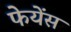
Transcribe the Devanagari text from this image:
फेयेंस